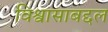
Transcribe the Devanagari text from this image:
विश्वासाबद्दल